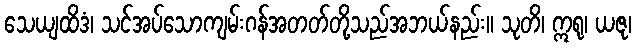
သေယျထိဒံ၊ သင်အပ်သောကျမ်းဂန်အတတ်တို့သည်အဘယ်နည်း။ သုတိ၊ ဣရု၊ ယဇု၊